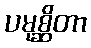
ပမုစ္ဆိတာ